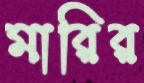
মারির